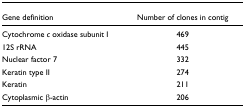
| Gene definition | Number of clones in contig |
 | --- | --- |
 | Cytochrome c oxidase subunit I | 469 |
 | 12S rRNA | 445 |
 | Nuclear factor 7 | 332 |
 | Keratin type II | 274 |
 | Keratin | 211 |
 | Cytoplasmic β-actin | 206 |